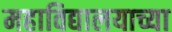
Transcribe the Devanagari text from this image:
महाविद्यालयाच्या